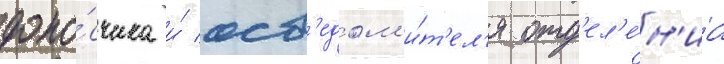
доно́счика и́ осв'едом'и́т'ел'я отд'ел'е́н'иа